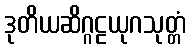
ဒုတိယဆိဂ္ဂဠယုဂသုတ္တံ